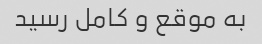
به موقع و کامل رسید